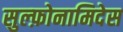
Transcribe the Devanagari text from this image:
सुल्फ़ोनामिदेस